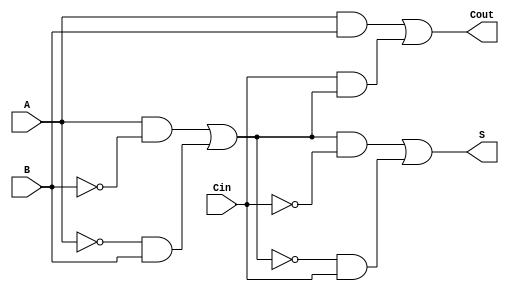
module TransmissionGateFullAdder(
    input wire A,
    input wire B,
    input wire Cin,
    output wire S,
    output wire Cout
);

// Intermediate signals for XOR calculations
wire A_B;      // A  B
wire A_B_Cin;  // (A  B)  Cin
wire AB;       // A  B
wire Cin_A_B;  // Cin  (A  B)

// Transmission Gates for Sum Calculation
wire A_B_n;   // A  B (intermediate)
assign A_B = (A & ~B) | (~A & B); // A  B using logic
assign A_B_Cin = (A_B & ~Cin) | (~A_B & Cin); // (A  B)  Cin

// Sum Output
assign S = A_B_Cin;

// Transmission Gates for Carry-out Calculation
assign AB = A & B; // A  B
assign Cin_A_B = Cin & A_B; // Cin  (A  B)

// Carry-out Output
assign Cout = AB | Cin_A_B; // Cout = (A  B) + (Cin  (A  B))

endmodule